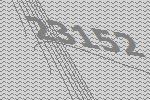
23152